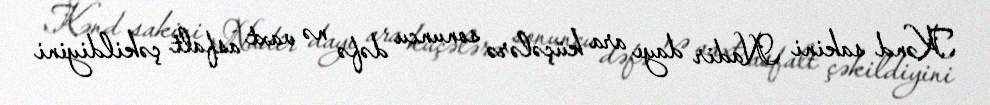
Kənd sakini Nadir dayı ara küçələrə sonuncu dəfə nə vaxt asfalt çəkildiyini